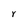
Character: Y